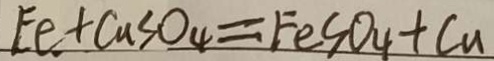
F e + C u S O _ { 4 } = F e S O _ { 4 } + C u